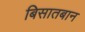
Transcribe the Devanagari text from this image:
बिसातबान